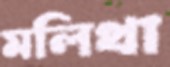
মলিথা